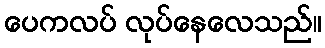
ပေကလပ် လုပ်နေလေသည်။